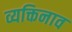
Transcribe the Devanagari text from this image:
व्यक्तिनाव